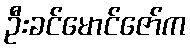
ဦးခင်မောင်ဇော်က